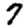
Digit: 7